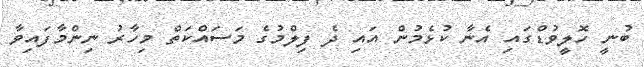
ބުނީ ހޮލީވުޑްގައި އެނާ ކުޅެމުން އައި ދެ ފިލްމުގެ މަސައްކަތް މިހާރު ނިންމާފައިވާ